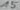
Text: 15